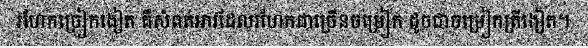
រហែកច្រៀកងៀត គឺសំពត់អាវដែលរហែកជាច្រើនចម្រៀក ដូចជាចម្រៀកត្រីងៀត។